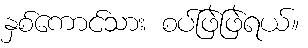
နှစ်ကောင်သား စပ်ဖြဲဖြဲရယ်။